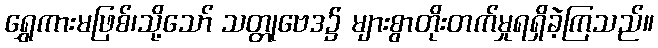
ရွှေကားမဖြစ်၊သို့သော် သတ္တုဗေဒ၌ များစွာတိုးတက်မှုရရှိခဲ့ကြသည်။